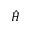
\hat { \boldsymbol H }